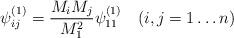
LaTeX: \begin{align*}\psi^{(1)}_{ij}=\frac{M_iM_j}{M_1^2}\psi^{(1)}_{11}\quad (i,j=1\dots n)\end{align*}